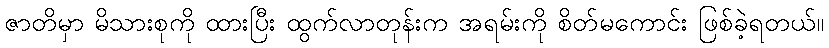
ဇာတိမှာ မိသားစုကို ထားပြီး ထွက်လာတုန်းက အရမ်းကို စိတ်မကောင်း ဖြစ်ခဲ့ရတယ်။